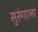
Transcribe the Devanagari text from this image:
सुरुंगाला